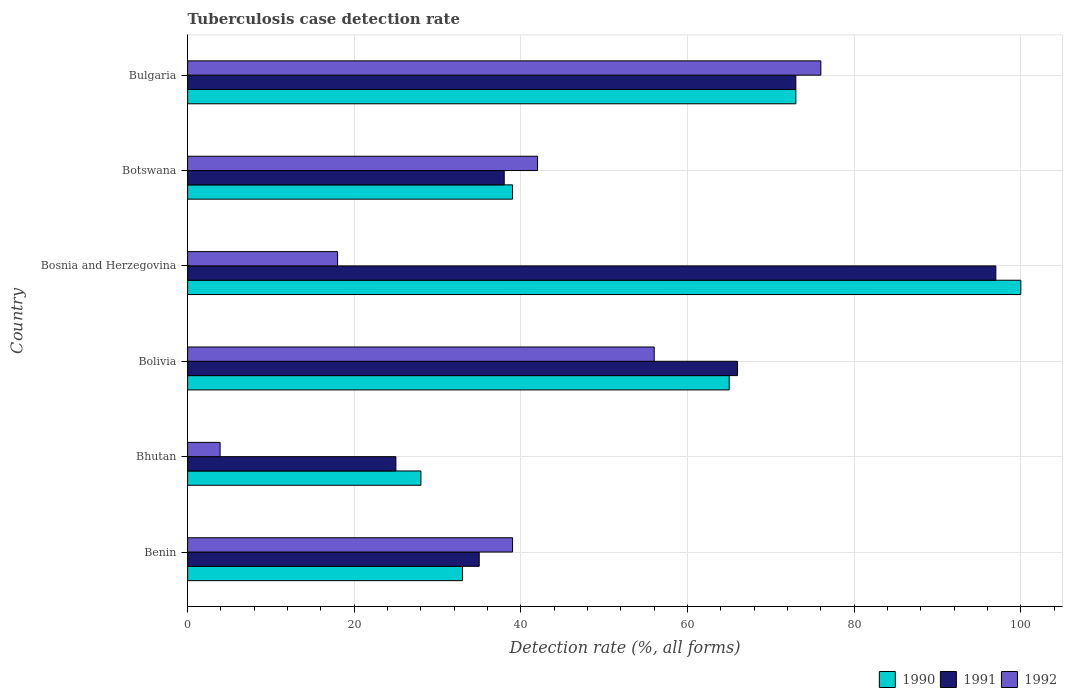
| Country | 1990 | 1991 | 1992 |
 | --- | --- | --- | --- |
 | Benin | 33 | 35 | 39 |
 | Bhutan | 28 | 25 | 3.9 |
 | Bolivia | 65 | 66 | 56 |
 | Bosnia and Herzegovina | 100 | 97 | 18 |
 | Botswana | 39 | 38 | 42 |
 | Bulgaria | 73 | 73 | 76 |